Report on vaccination in Madras 1922-1929 - 1922-1929
Year: 1922
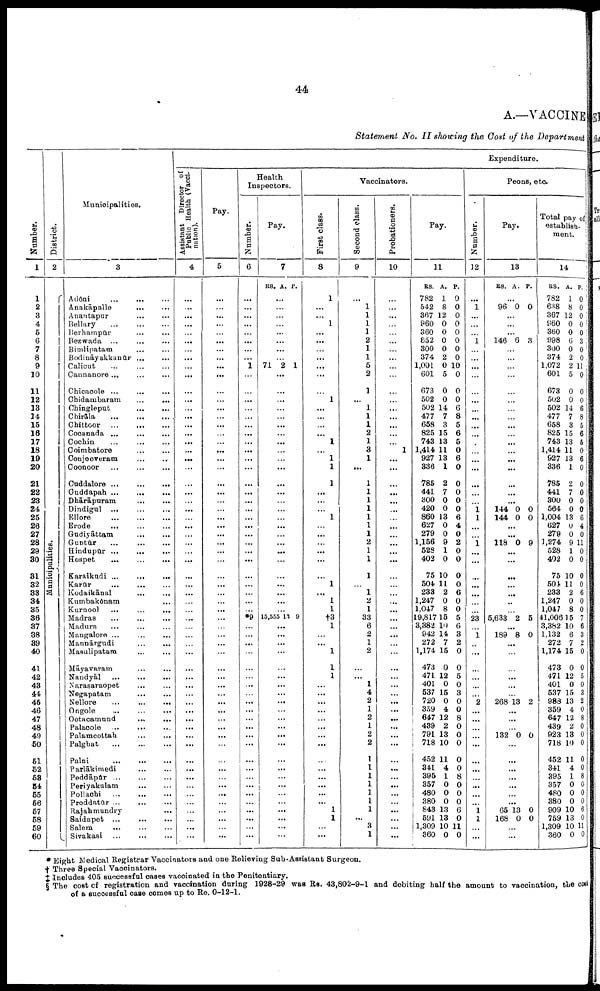
44
A.—VACCINE
Statement No. II showing the Cost of the Department
Number.
1
1
2
3
4
5
6
7
8
9
10
11
12
13
14
15
16
17
18
19
20
21
22
23
24
25
26
27
28
29
30
31
32
33
34
35
36
37
38
39
40
41
42
43
44
45
46
47
48
49
50
51
52
53
54
55
56
57
58
59
60
District.
2
Municipalities.
Municipalities.
3
Adōni
...
... ...
Anakāpalle
...
...
Anantapur
...
...
Bellary
...
...
...
Berhampūr ... ...
Bezwada ...
...
...
Bimlipatam ... ...
Bodināyakkanūr ...
...
Calicut ... ... ...
Cannanore
...
...
...
Chicacole ...
...
...
Chidambaram
...
...
Chingleput
...
...
Chirāla
...
...
...
Chittoor
...
...
...
Cocanada ...
...
...
Cochin
...
...
...
Coimbatore ... ...
Conjeeveram
...
...
Coonoor ... ... ...
Cuddalore
...
...
...
Cuddapah
...
...
...
Dhārāpuram
...
...
Dindigul ... ... ...
Ellore
...
...
...
Erode
...
...
...
Gudiyāttam
...
...
Guntūr
...
...
...
Hindupūr ... ... ...
Hospet
...
...
...
Karaikudi ...
...
...
Karūr
...
...
...
Kodaikānal
...
...
Kumbakōnam ... ...
Kurnool
...
...
...
Madras
...
...
...
Madura
... ... ...
Mangalore ... ... ...
Mannārgudi
...
...
Masulipatam
...
...
Māyavaram
...
...
Nandyāl
...
...
...
Narasaraopet ... ...
Negapatam
... ...
Nellore
...
...
...
Ongole
...
...
...
Ootacamund
...
...
Palacole ...
...
...
Palamcottah
...
...
Palghat
...
...
...
Palni
...
...
...
Parlākimedi ... ...
Peddāpūr
...
...
...
Periyakulam
...
...
Pollachi
...
...
...
Proddatūr
...
...
...
Rajahmundry
...
Saidapet ...
...
...
Salem
...
...
...
Sivakasi
...
...
...
Expenditure.
Assistant Director of
Public Health (Vacci¬
nation).
4
...
...
...
...
...
...
...
...
...
...
...
...
...
...
...
...
...
...
...
...
...
...
...
...
...
...
...
...
...
...
...
...
...
...
...
...
...
...
...
...
...
...
...
...
...
...
...
...
...
...
...
...
...
...
...
...
...
...
...
...
Pay.
5
...
...
...
...
...
...
...
...
...
...
...
...
...
...
...
...
...
...
...
...
...
...
...
...
...
...
...
...
...
...
...
...
...
...
...
...
...
...
...
...
...
...
...
...
...
...
...
...
...
...
...
...
...
...
...
...
...
...
...
...
Health
Inspectors.
Number.
6
...
...
...
...
...
...
...
...
1
...
...
...
...
...
...
...
...
...
...
...
...
...
...
...
...
...
...
...
...
...
...
...
...
...
...
*9
...
...
...
...
...
...
...
...
...
...
...
...
...
...
...
...
...
...
...
...
...
...
...
...
Pay.
7
RS. A. P.
...
...
...
...
...
...
...
...
71 2 1
...
...
...
...
...
...
...
...
...
...
...
...
...
...
...
...
...
...
...
...
...
...
...
...
...
...
15,555 13 0
...
...
...
...
...
...
...
...
...
...
...
...
...
...
...
...
...
...
...
...
...
...
...
...
Vaccinators.
First class.
8
1
...
...
1
...
...
...
...
...
...
...
1
...
...
...
...
1
...
1
1
1
...
...
...
1
...
...
...
...
...
...
1
...
1
1
†3
1
...
...
1
1
1
...
...
...
...
...
...
...
...
...
...
...
...
...
...
1
1
...
...
Second class.
9
...
1
1
1
1
2
1
1
5
2
1
...
1
1
1
2
1
3
1
...
1
1
1
1
1
1
1
2
1
1
1
...
1
2
1
33
6
2
1
2
...
...
1
4
2
1
2
1
2
2
1
1
1
1
1
1
1
...
3
1
Probationers.
10
...
...
...
...
...
...
...
...
...
...
...
...
...
...
...
...
...
1
...
...
...
...
...
...
...
...
...
...
...
...
...
...
...
...
...
...
...
...
...
...
...
...
...
...
...
...
...
...
...
...
...
...
...
...
...
...
...
...
...
...
Pay.
11
RS.
782
542
367
960
360
852
300
374
1,001
601
673
502
502
477
658
825
743
1,414
927
336
785
441
300
420
860
627
279
1,156
528
402
75
504
233
1,247
1,047
19,817
3,382
942
272
1,174
473
471
401
537
720
359
647
439
791
718
452
341
395
357
480
380
843
591
1,309
360
A.
1
8
12
0
0
0
0
2
0
5
0
0
14
7
3
15
13
11
13
1
2
7
0
0
13
0
0
9
1
0
10
11
2
0
8
15
10
14
7
15
0
12
0
15
0
4
12
2
13
10
11
4
1
0
0
0
13
13
10
0
P.
0
0
0
0
0
0
0
0
10
0
0
0
6
8
5
6
5
0
6
0
0
0
0
0
6
4
0
2
0
0
0
0
6
0
0
5
6
3
2
0
0
5
0
3
0
0
8
0
0
0
0
0
8
0
0
0
6
0
11
0
Peons, etc.
Number.
12
...
1
...
...
...
1
...
...
...
...
...
...
...
...
...
...
...
...
...
...
...
...
...
1
1
...
...
1
...
...
...
...
...
...
...
23
...
1
...
...
...
...
...
...
2
...
...
...
...
...
...
...
...
...
...
...
1
1
...
...
Pay.
13
RS. A. P.
...
96 0 0
...
...
...
146 6 3
...
...
...
...
...
...
...
...
...
...
...
...
...
...
...
...
144
144
0
0
0
0
...
...
118 0 9
...
...
...
...
...
...
...
5,633 2 5
...
189 8 0
...
...
...
...
...
...
268 13 2
...
...
...
132 0 0
...
...
...
...
...
...
...
65
168
13
0
0
0
...
...
Total pay of
establish
ment.
14
RS.
782
638
367
960
360
998
300
374
1,072
601
673
502
502
477
658
825
743
1,414
927
336
785
441
300
564
1,004
627
279
1,274
528
402
75
504
233
1,247
1,047
41,006
3,382
1,132
272
1,174
473
471
401
537
988
359
647
439
923
718
452
341
395
357
480
380
909
759
1,309
360
A.
1
8
12
0
0
6
0
2
2
5
0
0
14
7
3
15
13
11
13
1
2
7
0
0
13
0
0
9
1
0
10
11
2
0
8
15
10
6
7
15
0
12
0
15
13
4
12
2
13
10
11
4
1
0
0
0
10
13
10
0
P.
0
0
0
0
0
3
0
0
11
0
0
0
6
8
5
6
5
0
6
0
0
0
0
0
6
4
0
11
0
0
0
0
6
0
0
7
6
3
2
0
0
5
0
3
2
0
8
0
0
0
0
0
8
0
0
0
6
0
11
0
* Eight Medical Registrar Vaccinators and one Relieving Sub-Assistant Surgeon.
† Three Special Vaccinators.
‡ Includes 405 successful cases vaccinated in the Penitentiary.
§The cost of registration and vaccination during 1928-29 was Rs. 43,802-9-1 and debiting half the amount to vaccination, the cost
of a successful case comes up to Re. 0-12-1.